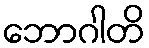
ဘောဂါတိ